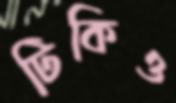
টিকিও